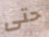
حتى